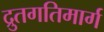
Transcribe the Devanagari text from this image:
द्रुतगतिमार्ग